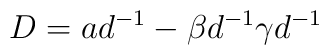
D = a d^{-1} - \beta d^{-1} \gamma d^{-1}